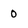
Character: 0